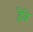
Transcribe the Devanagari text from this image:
हैंवे